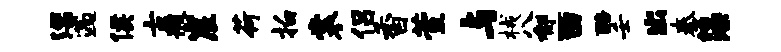
漂遄侯古艘崖荷拍裳侣香萱与械八郁酉醅壬出秦藻